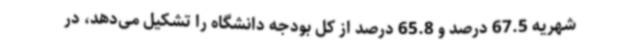
شهریه 67.5 درصد و 65.8 درصد از کل بودجه دانشگاه را تشکیل می‌دهد، در